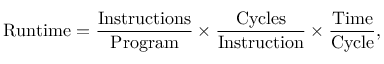
\mathrm { R u n t i m e } = { \frac { \mathrm { I n s t r u c t i o n s } } { \mathrm { P r o g r a m } } } \times { \frac { \mathrm { C y c l e s } } { \mathrm { I n s t r u c t i o n } } } \times { \frac { \mathrm { T i m e } } { \mathrm { C y c l e } } } ,